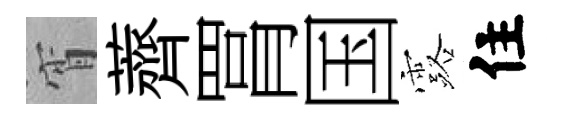
宵薺罥国露住